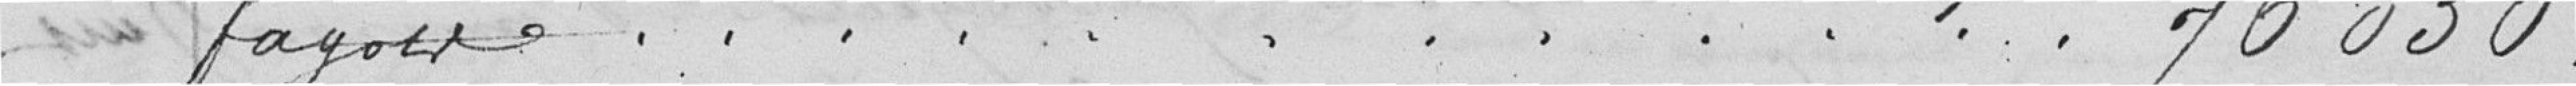
fagots 76050